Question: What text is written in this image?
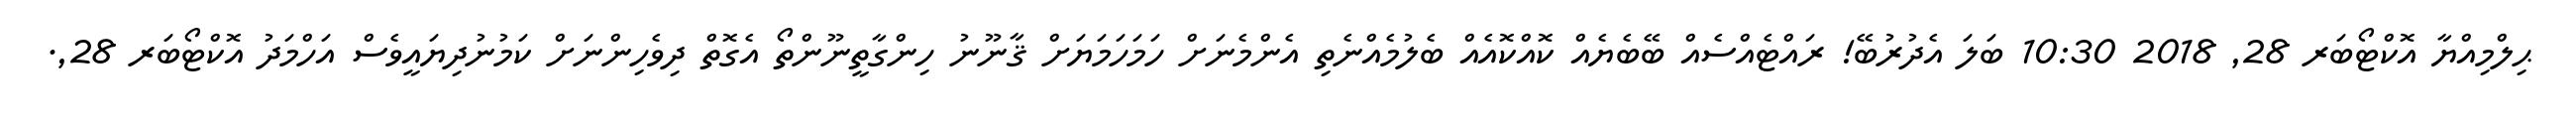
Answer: ޙިލްމިއްޔާ އޮކްޓޯބަރ 28, 2018 10:30 ބަލަ އެދުރުބޭ! ރައްޓެއްސެއް ބޭބެޔެއް ކޮއްކޮއެއް ބެލުމެއްނެތި އެންމެނަށް ހަމަހަމަޔަށް ޤާނޫނު ހިންގާތީނޫންތޯ އެގޮތް ދިވެހިންނަށް ކަމުނުދިޔައީވެސް އަހްމަދު އޮކްޓޯބަރ 28,.